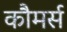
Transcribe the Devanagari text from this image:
कौमर्स